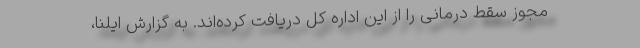
مجوز سقط درمانی را از این اداره کل دریافت کرده‌اند. به گزارش ایلنا،